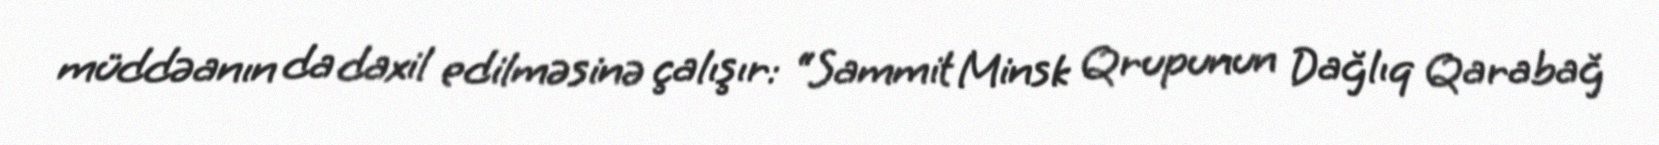
müddəanın da daxil edilməsinə çalışır: “Sammit Minsk Qrupunun Dağlıq Qarabağ